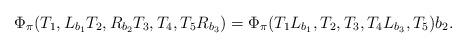
LaTeX: \begin{align*}\Phi_\pi(T_1, L_{b_1}T_2, R_{b_2}T_3, T_4, T_5 R_{b_3}) = \Phi_\pi(T_1L_{b_1}, T_2, T_3, T_4 L_{b_3}, T_5)b_2.\end{align*}